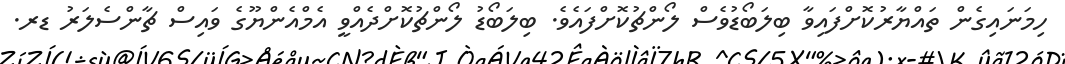
ހިމަނައިގެން ތައްޔާރުކޮށްފައިވާ ބިލަބޯޑުވެސް ލޯންޗުކޮށްފައެވެ. ބިލަބޯޑު ލޯންޗުކޮށްދެއްވީ އެމްއެންޔޫގެ ވައިސް ޗާންސެލަރު ޑރ.